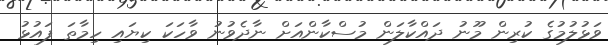
ވަޅުލުމުގެ ކުރިން މޫނު ދައްކާލަން މުސްކާންއަށް ނާދެވުނު ވާހަކަ ކިޔައި ހިމާތަ ފައުޅު